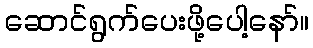
ဆောင်ရွက်ပေးဖို့ပေါ့နော်။